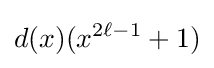
d(x)(x^{2\ell -1}+1)